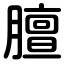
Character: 膻